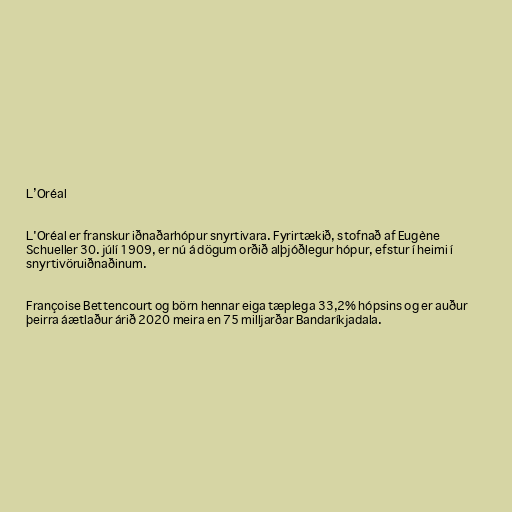
L’Oréal

L'Oréal er franskur iðnaðarhópur snyrtivara. Fyrirtækið, stofnað af Eugène
Schueller 30. júlí 1909, er nú á dögum orðið alþjóðlegur hópur, efstur í heimi í
snyrtivöruiðnaðinum.

Françoise Bettencourt og börn hennar eiga tæplega 33,2% hópsins og er auður
þeirra áætlaður árið 2020 meira en 75 milljarðar Bandaríkjadala.